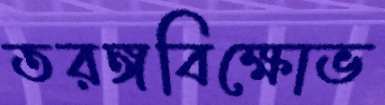
তরঙ্গবিক্ষোভ